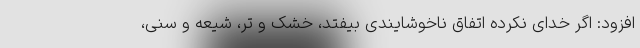
افزود: اگر خدای نکرده اتفاق ناخوشایندی بیفتد، خشک و تر، شیعه و سنی،